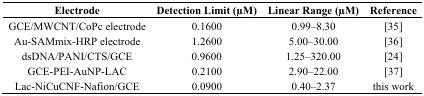
<table><thead><tr><td><b>Electrode</b></td><td><b>Detection Limit (μM)</b></td><td><b>Linear Range (μM)</b></td><td><b>Reference</b></td></tr></thead><tbody><tr><td>GCE/MWCNT/CoPc electrode</td><td>0.1600</td><td>0.99–8.30</td><td>[35]</td></tr><tr><td>Au-SAMmix-HRP electrode</td><td>1.2600</td><td>5.00–30.00</td><td>[36]</td></tr><tr><td>dsDNA/PANI/CTS/GCE</td><td>0.9600</td><td>1.25–320.00</td><td>[24]</td></tr><tr><td>GCE-PEI-AuNP-LAC</td><td>0.2100</td><td>2.90–22.00</td><td>[37]</td></tr><tr><td>Lac-NiCuCNF-Nafion/GCE</td><td>0.0900</td><td>0.40–2.37</td><td>this work</td></tr></tbody></table>